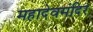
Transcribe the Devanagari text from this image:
महादेवमंदिर